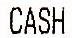
CASH